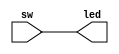
`timescale 1ns / 1ps
//////////////////////////////////////////////////////////////////////////////////
// Company: 
// Engineer: 
// 
// Design Name: 
// Module Name: lab1_sw_led_24
// Project Name: 
// Target Devices: 
// Tool Versions: 
// Description: 
// 
// Dependencies: 
// 
// Revision:
// Revision 0.01 - File Created
// Additional Comments:
// 
//////////////////////////////////////////////////////////////////////////////////


module lab1_sw_led_24(
    input [23:0] sw,
    output [23:0] led
    );
    assign led=sw;
endmodule